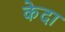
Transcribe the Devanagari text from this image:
केदा